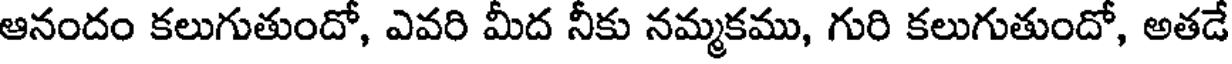
ఆనందం కలుగుతుందో, ఎవరి మీద నీకు నమ్మకము, గురి కలుగుతుందో, అతడే